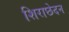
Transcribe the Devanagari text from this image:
शिराछेदन